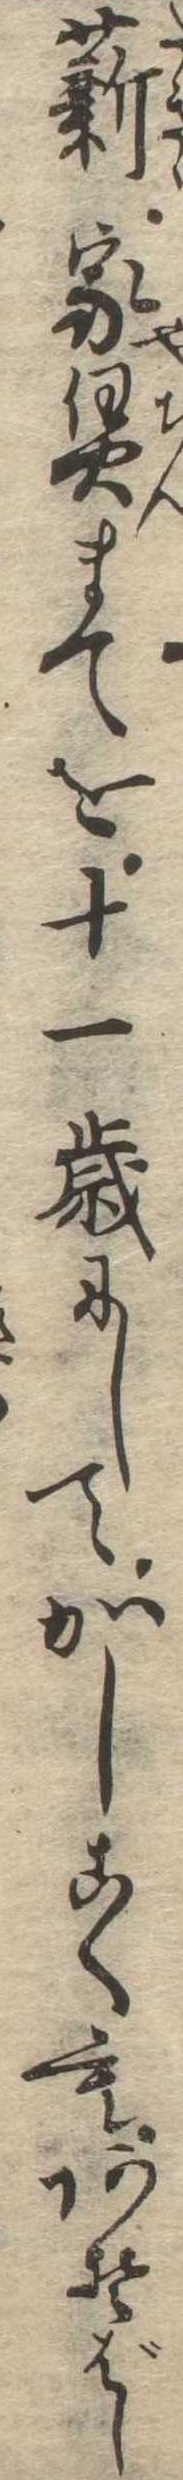
薪家賃まてを十一歳にしてかしこくもあそばし